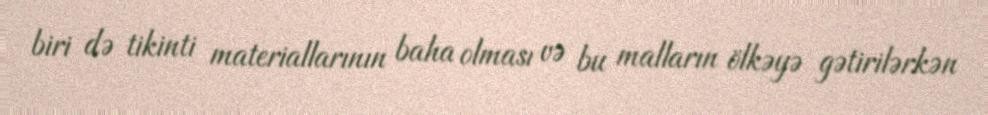
biri də tikinti materiallarının baha olması və bu malların ölkəyə gətirilərkən